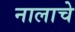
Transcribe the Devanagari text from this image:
नालाचे